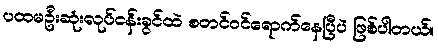
ပထမဦးဆုံးလုပ်ငန်းခွင်ထဲ စတင်ဝင်ရောက်နေပြီပဲ ဖြစ်ပါတယ်။